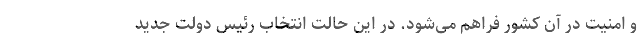
و امنیت در آن کشور فراهم می‌شود. در این حالت انتخاب رئیس ‌دولت جدید